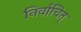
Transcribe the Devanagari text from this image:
निर्वाचित्